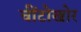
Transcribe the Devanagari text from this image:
चींटोखोर